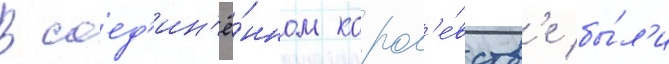
В соед'ин'ё́нном корол'е́вств'е бы́л'и